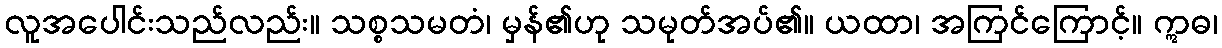
လူအပေါင်းသည်လည်း။ သစ္စသမတံ၊ မှန်၏ဟု သမုတ်အပ်၏။ ယထာ၊ အကြင်ကြောင့်။ ဣဓ၊